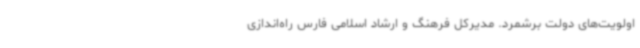
اولویت‌های دولت برشمرد. مدیرکل فرهنگ و ارشاد اسلامی فارس راه‌اندازی